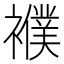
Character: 襥